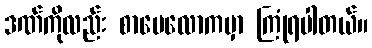
ဒဏ်ကိုလည်း စာပေလောကမှာ ကြုံရပါတယ်။